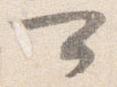
可